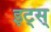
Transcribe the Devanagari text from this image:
इट्स्